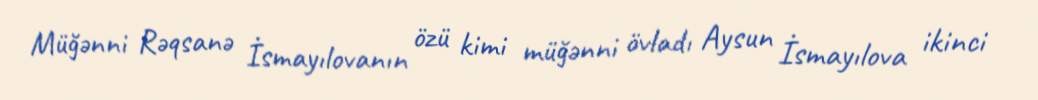
Müğənni Rəqsanə İsmayılovanın özü kimi müğənni övladı Aysun İsmayılova ikinci